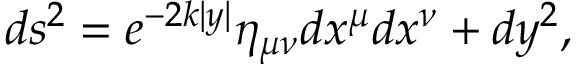
d s ^ { 2 } = e ^ { - 2 k | y | } \eta _ { \mu \nu } d x ^ { \mu } d x ^ { \nu } + d y ^ { 2 } ,